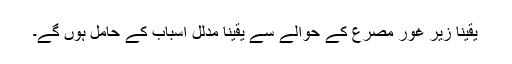
یقینا زیر غور مصرع کے حوالے سے یقینا مدلل اسباب کے حامل ہوں گے۔